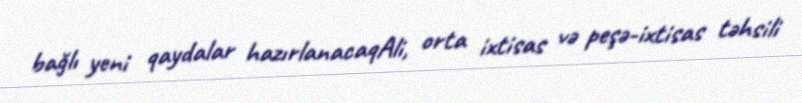
bağlı yeni qaydalar hazırlanacaqAli, orta ixtisas və peşə-ixtisas təhsili